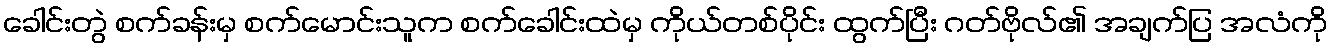
ခေါင်းတွဲ စက်ခန်းမှ စက်မောင်းသူက စက်ခေါင်းထဲမှ ကိုယ်တစ်ပိုင်း ထွက်ပြီး ဂတ်ဗိုလ်၏ အချက်ပြ အလံကို